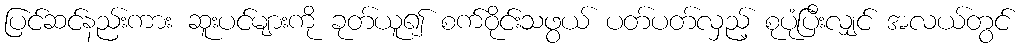
ပြင်ဆင်နည်းကား ဆူးပင်များကို ခုတ်ယူ၍ စက်ဝိုင်းသဖွယ် ပတ်ပတ်လှည့် စုပုံပြီးလျှင် အလယ်တွင်